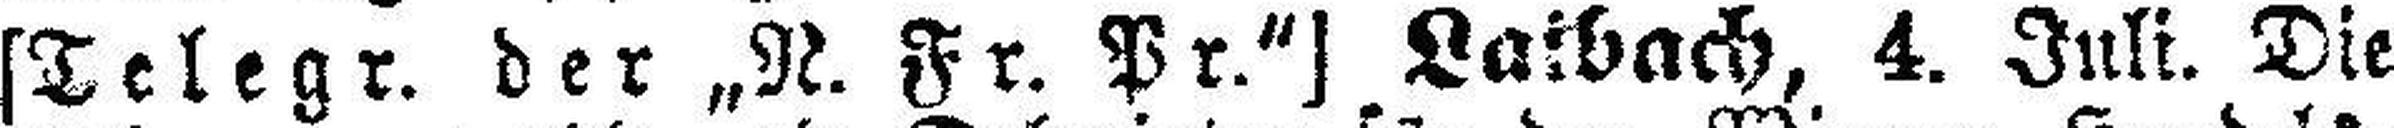
[Telegr. der „N. Fr. Pr.“] Laibach, 4. Juli. Die